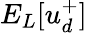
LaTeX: E_{L}[u_{d}^{+}]